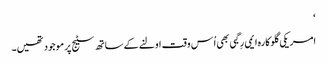
‘
امریکی گلوکارہ ایمی رِگبی بھی اُس وقت اولنے کے ساتھ سٹیج پر موجود تھیں۔